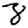
Digit: 8